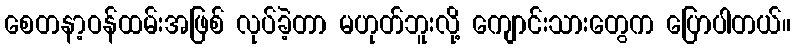
စေတနာ့ဝန်ထမ်းအဖြစ် လုပ်ခဲ့တာ မဟုတ်ဘူးလို့ ကျောင်းသားတွေက ပြောပါတယ်။